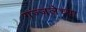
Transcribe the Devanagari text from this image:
गज्जलेच्या